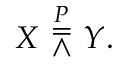
X \ { \overset { P } { \doublebarwedge } } \ Y .